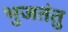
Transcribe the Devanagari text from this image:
भुजतंतु